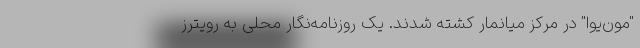
"مون‌یوا" در مرکز میانمار کشته شدند. یک روزنامه‌نگار محلی به رویترز